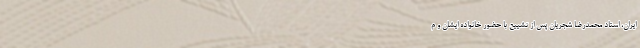
ایران، استاد محمدرضا شجریان پس از تشییع با حضور خانواده ایشان و م